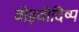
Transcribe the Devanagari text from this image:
वोइवोदिष्प